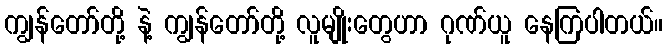
ကျွန်တော်တို့ နဲ့ ကျွန်တော်တို့ လူမျိုးတွေဟာ ဂုဏ်ယူ နေကြပါတယ်။